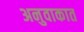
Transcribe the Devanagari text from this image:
अनुवाकात